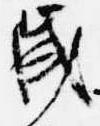
歳